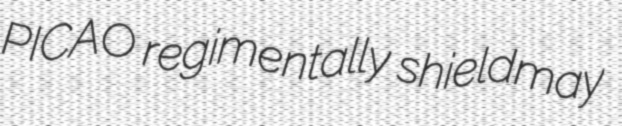
PICAO regimentally shieldmay